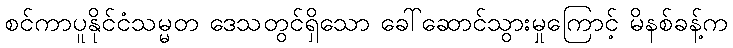
စင်ကာပူနိုင်ငံသမ္မတ ဒေသတွင်ရှိသော ခေါ်ဆောင်သွားမှုကြောင့် မိနစ်ခန့်က